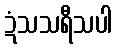
ဍံသသရီသပါ